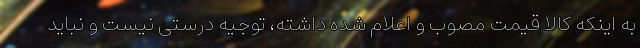
به اینکه کالا قیمت مصوب و اعلام شده داشته، توجیه درستی نیست و نباید